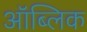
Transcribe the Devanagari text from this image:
ऑब्लिक